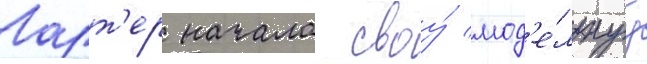
Ларт'ер начала своу́ мод'е́льнуу